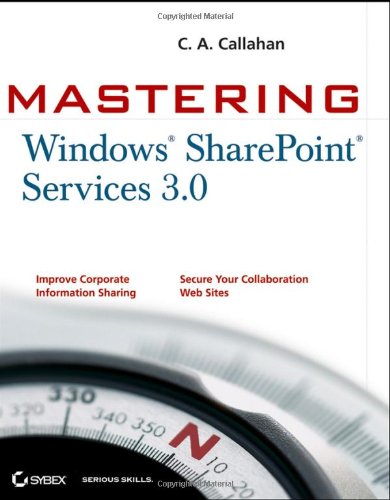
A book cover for Mastering Windows SharePoint Services 3.0; C. A. Callahan; Computers & Technology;